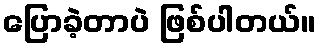
ပြောခဲ့တာပဲ ဖြစ်ပါတယ်။